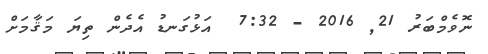
ނޮވެމްބަރު 21